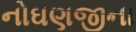
નોઘણજીના